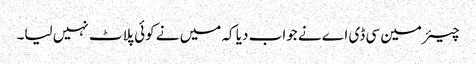
چیئرمین سی ڈی اے نے جواب دیا کہ میں نے کوئی پلاٹ نہیں لیا۔